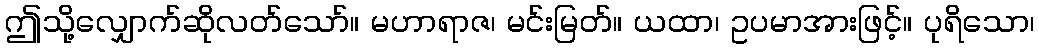
ဤသို့လျှောက်ဆိုလတ်သော်။ မဟာရာဇ၊ မင်းမြတ်။ ယထာ၊ ဥပမာအားဖြင့်။ ပုရိသော၊